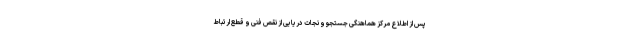
پس از اطلاع مرکز هماهنگی جستجو و نجات دریایی از نقص فنی و قطع ارتباط